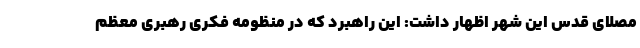
مصلای قدس این شهر اظهار داشت: این راهبرد که در منظومه فکری رهبری معظم